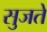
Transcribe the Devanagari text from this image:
सुजते